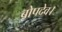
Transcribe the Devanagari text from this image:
बोपदेव।